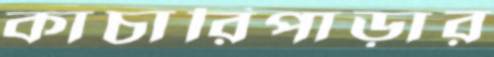
কাচারিপাড়ার